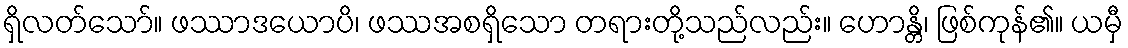
ရှိလတ်သော်။ ဖဿာဒယောပိ၊ ဖဿအစရှိသော တရားတို့သည်လည်း။ ဟောန္တိ၊ ဖြစ်ကုန်၏။ ယမှီ